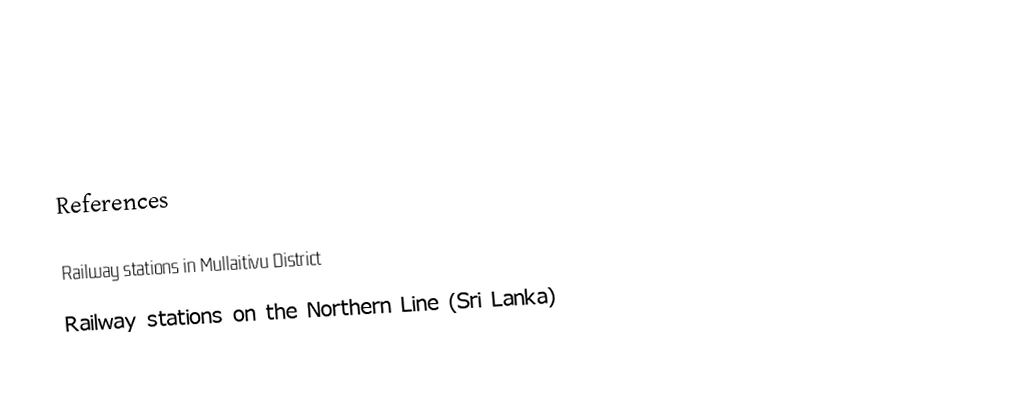

References

Railway stations in Mullaitivu District
Railway stations on the Northern Line (Sri Lanka)